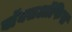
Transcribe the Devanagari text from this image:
बाॅक्सऑफिस